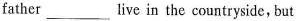
father___live in the countryside, but